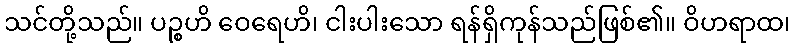
သင်တို့သည်။ ပဉ္စဟိ ဝေရေဟိ၊ ငါးပါးသော ရန်ရှိကုန်သည်ဖြစ်၏။ ဝိဟရာထ၊